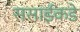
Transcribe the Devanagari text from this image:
ससाईंकडे